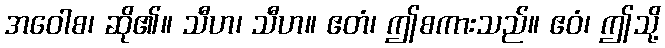
အဝေါစ၊ ဆို၏။ သီဟ၊ သီဟ။ ဧတံ၊ ဤစကားသည်။ ဧဝံ၊ ဤသို့